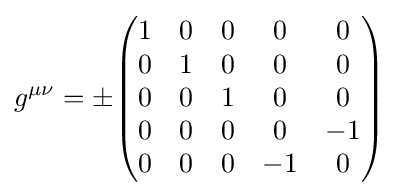
g^{\mu \nu }=\pm {\begin{pmatrix}1&0&0&0&0\\0&1&0&0&0\\0&0&1&0&0\\0&0&0&0&-1\\0&0&0&-1&0\end{pmatrix}}